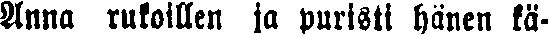
Anna rukoillen ja puristi hänen kä-